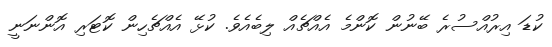
ކުޑަ އިރުއްސުރެ ބޭނުން ކޮންމެ އެއްޗެއް ލިބެއެވެ. ކުޅޭ އެއްޗެހިން ކޮޓަރި އޮންނަނީ